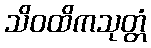
သိဝထိကသုတ္တံ